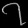
Digit: ၇